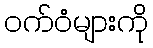
ဝက်ဝံများကို